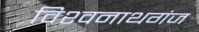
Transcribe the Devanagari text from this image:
विश्‍वनाथगंज